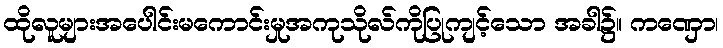
ထိုလူများအပေါင်းမကောင်းမှုအကုသိုလ်ကိုပြုကျင့်သော အခါ၌။ ကဏှော၊